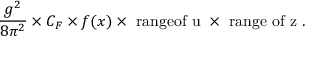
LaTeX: \frac { g ^ { 2 } } { 8 \pi ^ { 2 } } \times C _ { F } \times f ( x ) \times \mathrm { \mathrm { ~ r a n g e o f ~ u ~ } } \times \mathrm { \mathrm { ~ r a n g e ~ o f ~ z ~ } } .